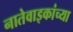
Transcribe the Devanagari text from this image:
नातेवाइकांच्या